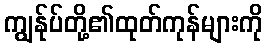
ကျွန်ုပ်တို့၏ထုတ်ကုန်များကို